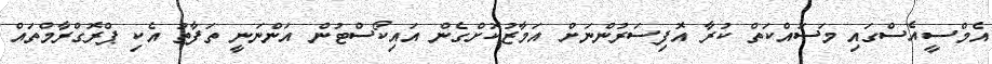
އެމްސީއެސްގައި މަސައްކަތް ކުރާ އޮފިސަރުންނަށް އަމާޒުކޮށްގެން އައިކޯސްޓުން އަންނަނީ ތަފާތު އެކި ޕްރޮގްރާމްތައް